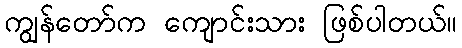
ကျွန်တော်က ကျောင်းသား ဖြစ်ပါတယ်။